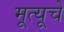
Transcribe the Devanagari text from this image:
मूत्यूचे